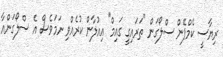
ރިޔާސީ ކެމްޕޭން ސްލޯގަން "ތަރައިގީ ގައިމް" އިއުލާން ކުރެއްވި ނަމަވެސް އެ ސްލޯގަންއާ